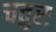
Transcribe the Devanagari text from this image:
चतुरः